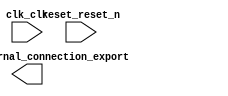

module tutorial_aula (
	clk_clk,
	led_pio_external_connection_export,
	reset_reset_n);	

	input		clk_clk;
	output	[7:0]	led_pio_external_connection_export;
	input		reset_reset_n;
endmodule